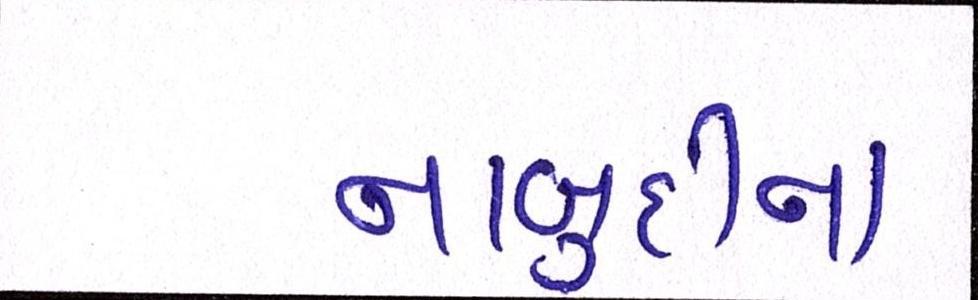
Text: નાબૂદીના